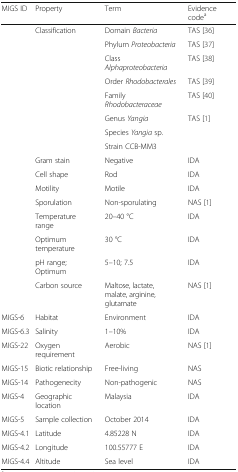
<table><thead><tr><td><b>MIGS ID</b></td><td><b>Property</b></td><td><b>Term</b></td><td><b>Evidence code<sup>a</sup></b></td></tr></thead><tbody><tr><td></td><td>Classification</td><td>Domain <i>Bacteria</i></td><td>TAS [36]</td></tr><tr><td></td><td></td><td>Phylum <i>Proteobacteria</i></td><td>TAS [37]</td></tr><tr><td></td><td></td><td>Class <i>Alphaproteobacteria</i></td><td>TAS [38]</td></tr><tr><td></td><td></td><td>Order <i>Rhodobacterales</i></td><td>TAS [39]</td></tr><tr><td></td><td></td><td>Family <i>Rhodobacteraceae</i></td><td>TAS [40]</td></tr><tr><td></td><td></td><td>Genus <i>Yangia</i></td><td>TAS [1]</td></tr><tr><td></td><td></td><td>Species <i>Yangia</i> sp.</td><td></td></tr><tr><td></td><td></td><td>Strain CCB-MM3</td><td></td></tr><tr><td></td><td>Gram stain</td><td>Negative</td><td>IDA</td></tr><tr><td></td><td>Cell shape</td><td>Rod</td><td>IDA</td></tr><tr><td></td><td>Motility</td><td>Motile</td><td>IDA</td></tr><tr><td></td><td>Sporulation</td><td>Non-sporulating</td><td>NAS [1]</td></tr><tr><td></td><td>Temperature range</td><td>20–40 °C</td><td>IDA</td></tr><tr><td></td><td>Optimum temperature</td><td>30 °C</td><td>IDA</td></tr><tr><td></td><td>pH range; Optimum</td><td>5–10; 7.5</td><td>IDA</td></tr><tr><td></td><td>Carbon source</td><td>Maltose, lactate, malate, arginine, glutamate</td><td>NAS [1]</td></tr><tr><td>MIGS-6</td><td>Habitat</td><td>Environment</td><td>IDA</td></tr><tr><td>MIGS-6.3</td><td>Salinity</td><td>1–10%</td><td>IDA</td></tr><tr><td>MIGS-22</td><td>Oxygen requirement</td><td>Aerobic</td><td>NAS [1]</td></tr><tr><td>MIGS-15</td><td>Biotic relationship</td><td>Free-living</td><td>NAS</td></tr><tr><td>MIGS-14</td><td>Pathogenecity</td><td>Non-pathogenic</td><td>NAS</td></tr><tr><td>MIGS-4</td><td>Geographic location</td><td>Malaysia</td><td>IDA</td></tr><tr><td>MIGS-5</td><td>Sample collection</td><td>October 2014</td><td>IDA</td></tr><tr><td>MIGS-4.1</td><td>Latitude</td><td>4.85228 N</td><td>IDA</td></tr><tr><td>MIGS-4.2</td><td>Longitude</td><td>100.55777 E</td><td>IDA</td></tr><tr><td>MIGS-4.4</td><td>Altitude</td><td>Sea level</td><td>IDA</td></tr></tbody></table>